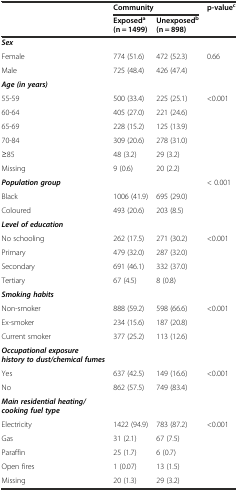
| <ROWSPAN=2>  | <COLSPAN=2> Community | <ROWSPAN=2> p-valuec |
 | Exposeda(n = 1499) | Unexposedb(n = 898) |
 | --- | --- | --- | --- |
 | Sex |  |  |  |
 | Female | 774 (51.6) | 472 (52.3) | <ROWSPAN=2> 0.66 |
 | Male | 725 (48.4) | 426 (47.4) |
 | Age (in years) |  |  |  |
 | 55-59 | 500 (33.4) | 225 (25.1) | <ROWSPAN=6> <0.001 |
 | 60-64 | 405 (27.0) | 221 (24.6) |
 | 65-69 | 228 (15.2) | 125 (13.9) |
 | 70-84 | 309 (20.6) | 278 (31.0) |
 | ≥85 | 48 (3.2) | 29 (3.2) |
 | Missing | 9 (0.6) | 20 (2.2) |
 | Population group |  |  | <ROWSPAN=3> < 0.001 |
 | Black | 1006 (41.9) | 695 (29.0) |
 | Coloured | 493 (20.6) | 203 (8.5) |
 | Level of education |  |  |  |
 | No schooling | 262 (17.5) | 271 (30.2) | <ROWSPAN=4> <0.001 |
 | Primary | 479 (32.0) | 287 (32.0) |
 | Secondary | 691 (46.1) | 332 (37.0) |
 | Tertiary | 67 (4.5) | 8 (0.8) |
 | Smoking habits |  |  |  |
 | Non-smoker | 888 (59.2) | 598 (66.6) | <ROWSPAN=3> <0.001 |
 | Ex-smoker | 234 (15.6) | 187 (20.8) |
 | Current smoker | 377 (25.2) | 113 (12.6) |
 | Occupational exposure history to dust/chemical fumes |  |  |  |
 | Yes | 637 (42.5) | 149 (16.6) | <ROWSPAN=2> <0.001 |
 | No | 862 (57.5) | 749 (83.4) |
 | Main residential heating/cooking fuel type |  |  |  |
 | Electricity | 1422 (94.9) | 783 (87.2) | <ROWSPAN=5> <0.001 |
 | Gas | 31 (2.1) | 67 (7.5) |
 | Paraffin | 25 (1.7) | 6 (0.7) |
 | Open fires | 1 (0.07) | 13 (1.5) |
 | Missing | 20 (1.3) | 29 (3.2) |